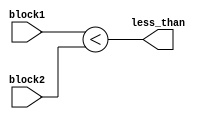
module less_than_comparator(
    input [31:0] block1,
    input [31:0] block2,
    output less_than
);

assign less_than = (block1 < block2);

endmodule